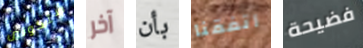
ستكونين آخر بأن أتفقنا فضيحة